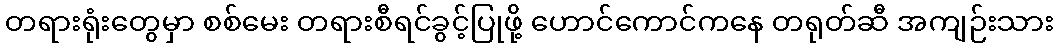
တရားရုံးတွေမှာ စစ်မေး တရားစီရင်ခွင့်ပြုဖို့ ဟောင်ကောင်ကနေ တရုတ်ဆီ အကျဉ်းသား